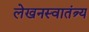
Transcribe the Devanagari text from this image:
लेखनस्वातंत्र्य